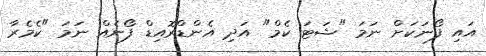
އައި ފޯނަކަށް ނަމަ "ޝަޓަ ކެމް" އަދި އެންޑްރޮއިޑް ފޯނެއް ނަމަ "ކެމެރާ